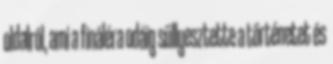
oldalról, ami a fináléra odáig süllyesztette a történetet és